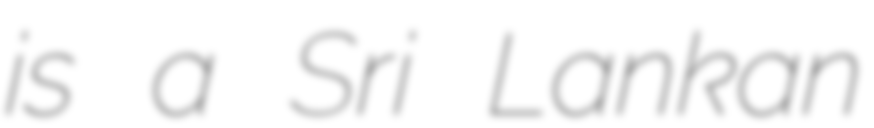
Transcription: is a Sri Lankan